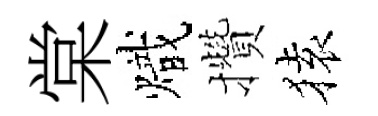
棠熾攢𫞤